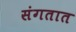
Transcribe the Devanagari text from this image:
संगतात